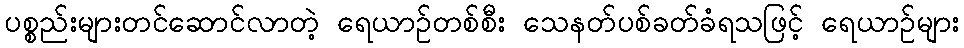
ပစ္စည်းများတင်ဆောင်လာတဲ့ ရေယာဉ်တစ်စီး သေနတ်ပစ်ခတ်ခံရသဖြင့် ရေယာဉ်များ